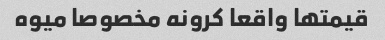
قیمتها واقعا کرونه مخصوصا میوه